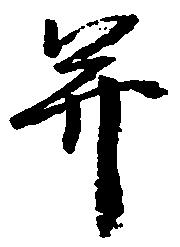
并